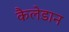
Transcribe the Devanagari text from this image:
कैलेडान